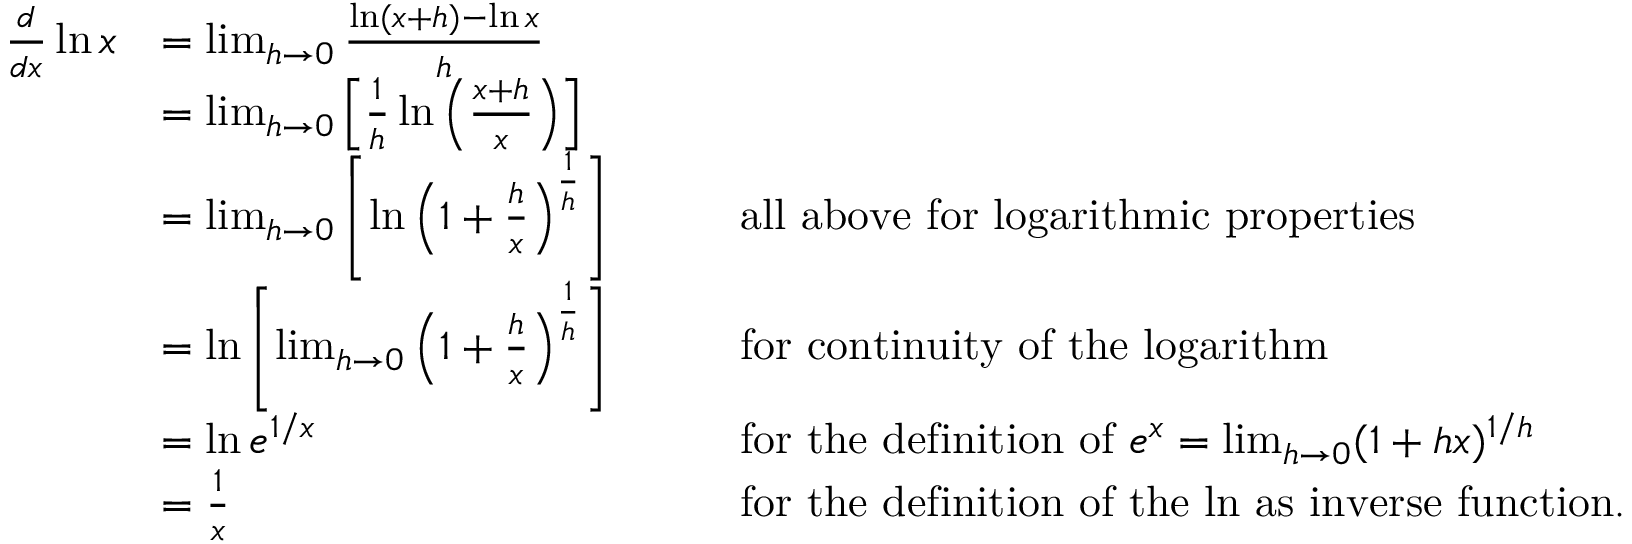
{ \begin{array} { r l r l } { { \frac { d } { d x } } \ln x } & { = \operatorname* { l i m } _ { h \to 0 } { \frac { \ln ( x + h ) - \ln x } { h } } } \\ & { = \operatorname* { l i m } _ { h \to 0 } \left[ { \frac { 1 } { h } } \ln \left( { \frac { x + h } { x } } \right) \right] } \\ & { = \operatorname* { l i m } _ { h \to 0 } \left[ \ln \left( 1 + { \frac { h } { x } } \right) ^ { \frac { 1 } { h } } \right] \quad } & & { { \mathrm { a l l ~ a b o v e ~ f o r ~ l o g a r i t h m i c ~ p r o p e r t i e s } } } \\ & { = \ln \left[ \operatorname* { l i m } _ { h \to 0 } \left( 1 + { \frac { h } { x } } \right) ^ { \frac { 1 } { h } } \right] \quad } & & { { \mathrm { f o r ~ c o n t i n u i t y ~ o f ~ t h e ~ l o g a r i t h m } } } \\ & { = \ln e ^ { 1 / x } \quad } & & { { \mathrm { f o r ~ t h e ~ d e f i n i t i o n ~ o f ~ } } e ^ { x } = \operatorname* { l i m } _ { h \to 0 } ( 1 + h x ) ^ { 1 / h } } \\ & { = { \frac { 1 } { x } } \quad } & & { { \mathrm { f o r ~ t h e ~ d e f i n i t i o n ~ o f ~ t h e ~ l n ~ a s ~ i n v e r s e ~ f u n c t i o n . } } } \end{array} }